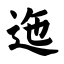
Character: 迤